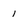
Character: i